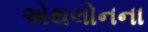
એથલોનના